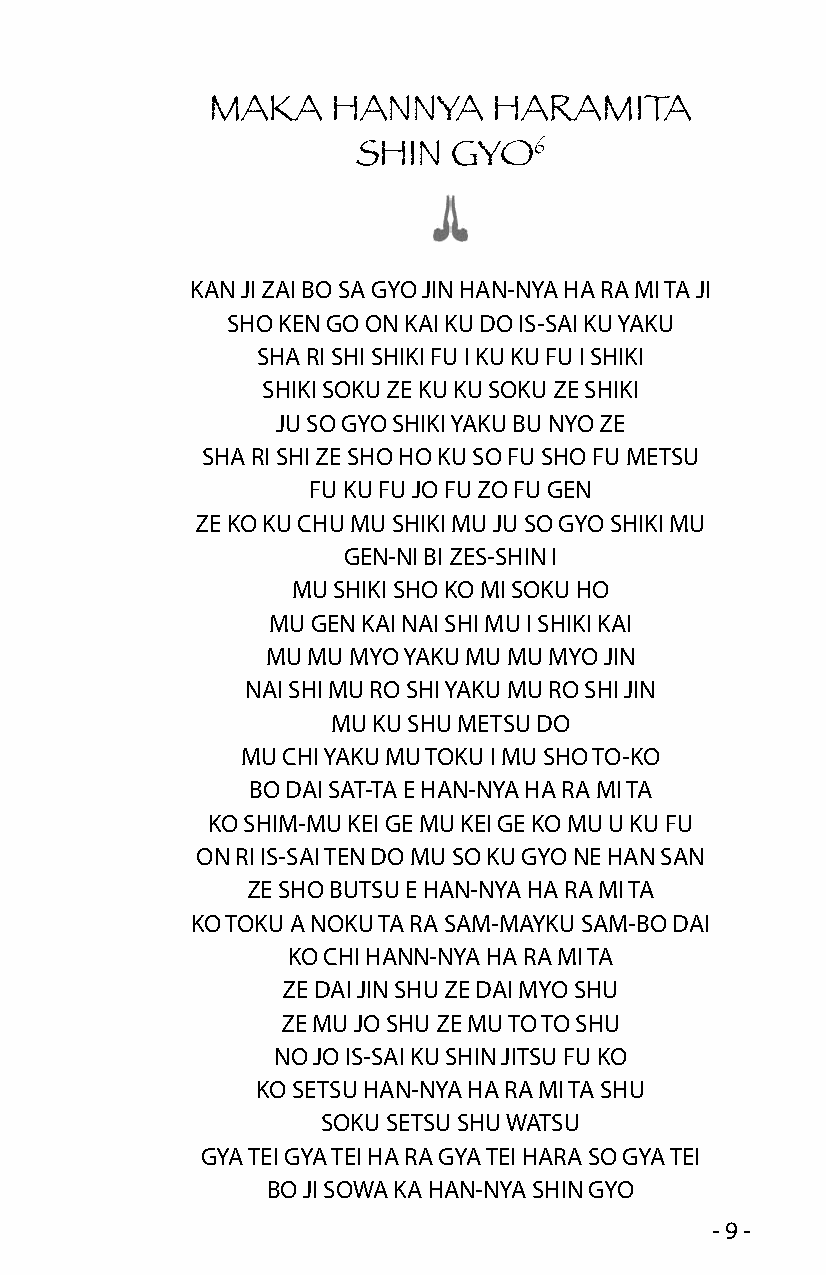
MAKA    HANNYA     HARAMITA
 6
 SHIN  GYO
 KAN JI ZAI BO SA GYO JIN HAN-NYA HA RA MI TA JI
 SHO KEN GO ON KAI KU DO IS-SAI KU YAKU
 SHA RI SHI SHIKI FU I KU KU FU I SHIKI
 SHIKI SOKU ZE KU KU SOKU ZE SHIKI
 JU SO GYO SHIKI YAKU BU NYO ZE
 SHA RI SHI ZE SHO HO KU SO FU SHO FU METSU
 FU KU FU JO FU ZO FU GEN
 ZE KO KU CHU MU SHIKI MU JU SO GYO SHIKI MU
 GEN-NI BI ZES-SHIN I
 MU SHIKI SHO KO MI SOKU HO
 MU GEN KAI NAI SHI MU I SHIKI KAI
 MU MU MYO YAKU MU MU MYO JIN
 NAI SHI MU RO SHI YAKU MU RO SHI JIN
 MU KU SHU METSU DO
 MU CHI YAKU MU TOKU I MU SHO TO-KO
 BO DAI SAT-TA E HAN-NYA HA RA MI TA
 KO SHIM-MU KEI GE MU KEI GE KO MU U KU FU
 ON RI IS-SAI TEN DO MU SO KU GYO NE HAN SAN
 ZE SHO BUTSU E HAN-NYA HA RA MI TA
 KO TOKU A NOKU TA RA SAM-MAYKU SAM-BO DAI
 KO CHI HANN-NYA HA RA MI TA
 ZE DAI JIN SHU ZE DAI MYO SHU
 ZE MU JO SHU ZE MU TO TO SHU
 NO JO IS-SAI KU SHIN JITSU FU KO
 KO SETSU HAN-NYA HA RA MI TA SHU
 SOKU SETSU SHU WATSU
 GYA TEI GYA TEI HA RA GYA TEI HARA SO GYA TEI
 BO JI SOWA KA HAN-NYA SHIN GYO
 - 9 -